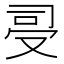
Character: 𠭈